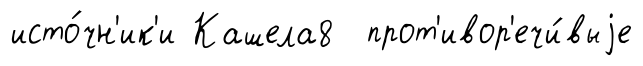
исто́чн'ик'и Кашела8 прот'ивор'ечи́выjе